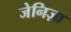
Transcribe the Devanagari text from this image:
जेनिज़ा